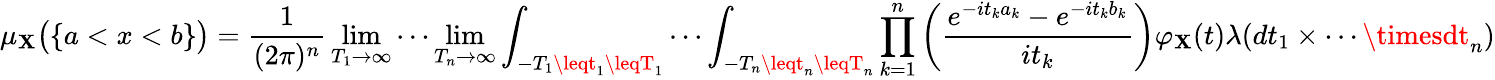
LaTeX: \mu_{\mathbf{X}}{\big(}\{ a<x<b\} {\big)}={\frac{{1}}{{(2\pi)^{n}}}}\operatorname*{lim}_{T_{1}\to\infty}\cdots\operatorname*{lim}_{T_{n}\to\infty}\int_{-T_{1}\leqt_{1}\leqT_{1}}\cdots\int_{-T_{n}\leqt_{n}\leqT_{n}}\prod_{k=1}^{n}\left({\frac{{e^{-it_{k}a_{k}}-e^{-it_{k}b_{k}}}}{{it_{k}}}}\right)\varphi_{\mathbf{X}}(t)\lambda(dt_{1}\times\cdots\timesdt_{n})